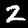
Digit: 2